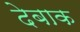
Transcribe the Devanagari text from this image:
देबाक